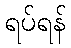
ရပ်ရန်